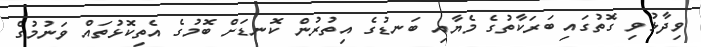
ވިދާޅުވި ގޮތުގައި ބަރަކާތުގެ މެޔާއި ބަނޑުގެ އިތުރުން ކޮނޑަށް ބޮމުގެ އެތިކޮޅުތައް ވަނުމުގެ